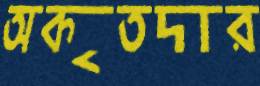
অকৃতদার